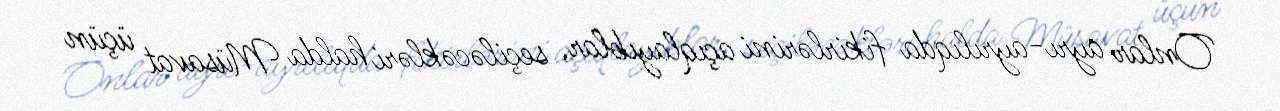
Onlar ayrı-ayrılıqda fikirlərini açıqlayıblar, seçiləcəkləri halda Müsavat üçün